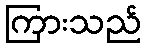
ကြားသည်